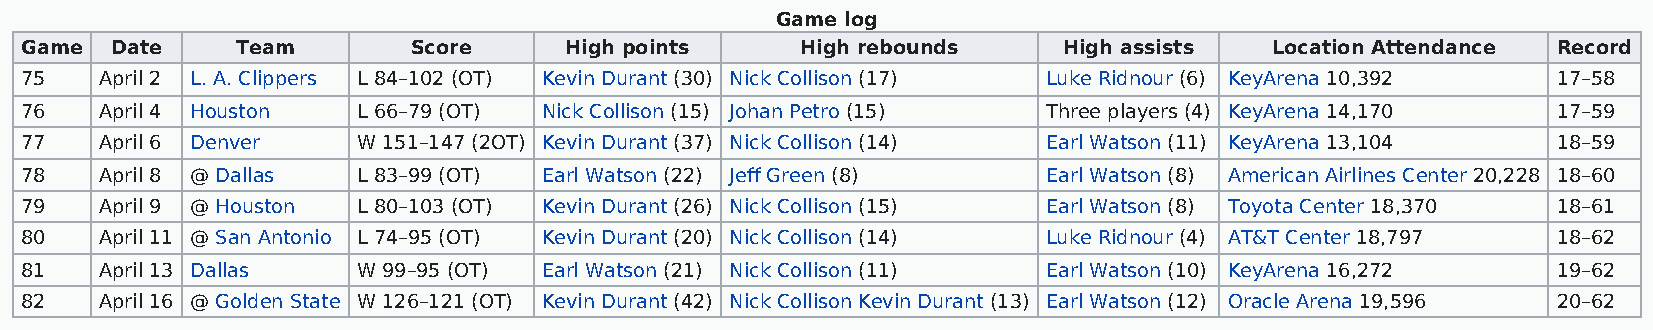
Game log
 Game  Date     Team       Score     High points     High rebounds    High assists  Location Attendance Record
 75    April 2 L. A. Clippers L 84–102 (OT) Kevin Durant (30) Nick Collison (17) Luke Ridnour (6) KeyArena 10,392 17–58
 76    April 4 Houston  L 66–79 (OT) Nick Collison (15) Johan Petro (15) Three players (4) KeyArena 14,170 17–59
 77    April 6 Denver   W 151–147 (2OT) Kevin Durant (37) Nick Collison (14) Earl Watson (11) KeyArena 13,104 18–59
 78    April 8 @ Dallas L 83–99 (OT) Earl Watson (22) Jeff Green (8) Earl Watson (8) American Airlines Center 20,228 18–60
 79    April 9 @ Houston L 80–103 (OT) Kevin Durant (26) Nick Collison (15) Earl Watson (8) Toyota Center 18,370 18–61
 80    April 11 @ San Antonio L 74–95 (OT) Kevin Durant (20) Nick Collison (14) Luke Ridnour (4) AT&T Center 18,797 18–62
 81    April 13 Dallas  W 99–95 (OT) Earl Watson (21) Nick Collison (11) Earl Watson (10) KeyArena 16,272 19–62
 82    April 16 @ Golden State W 126–121 (OT) Kevin Durant (42) Nick Collison Kevin Durant (13) Earl Watson (12) Oracle Arena 19,596 20–62